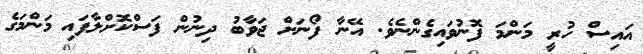
އައިސް ހުރީ މަންމަ ފޮނުވައިގެންނެވެ. އޭނާ ފޯނަށް ޖަވާބު ދިނުން ފަސްކޮށްލާފައި މަންމަގެ